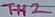
Text: TH2